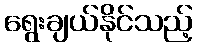
ရွေးချယ်နိုင်သည့်